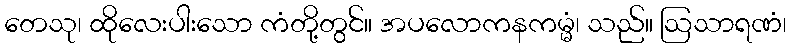
တေသု၊ ထိုလေးပါးသော ကံတို့တွင်။ အပလောကနကမ္မံ၊ သည်။ ဩသာရဏံ၊